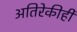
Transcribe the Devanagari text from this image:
अतिरेकीही